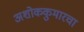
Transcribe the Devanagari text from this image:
अशोककुमारचा